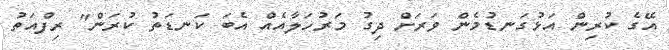
އޭގެ ކުރިން އަޅުގަނޑުމެން ވަރަށް ދިގު މަރުހަލާއެއް އެބަ ކަނޑަތު ކުރަން" ރިފްއަތު